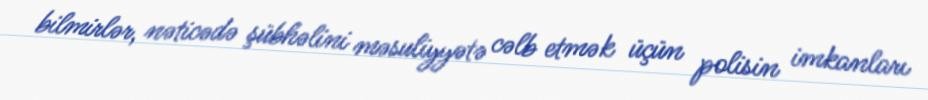
bilmirlər, nəticədə şübhəlini məsuliyyətə cəlb etmək üçün polisin imkanları